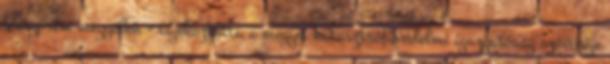
Veszprém megyében - tájékoztatta a megyei katasztrófavédelmi igazgatóság szóvivője